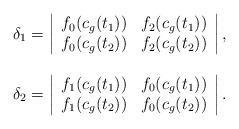
LaTeX: \begin{align*}\begin{array} {c} \delta_1=\left| \begin{array}{cc} f_0(c_g(t_1)) & f_2(c_g(t_1))\\f_0(c_g(t_2)) & f_2(c_g(t_2))\end{array}\right|, \\ \\\delta_2=\left| \begin{array}{cc} f_1(c_g(t_1)) & f_0(c_g(t_1))\\f_1(c_g(t_2)) & f_0(c_g(t_2))\end{array}\right|.\end{array}\end{align*}